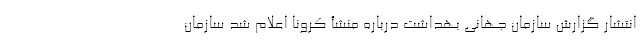
انتشار گزارش سازمان‌ جهانی بهداشت درباره منشأ کرونا اعلام شد سازمان‌